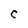
Character: C